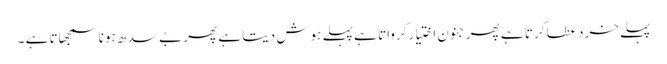
پہلے خرد عطا کرتا ہے پھر جنون اختیار کرواتا ہے پہلے ہوش دیتا ہے پھر بے سد ھ ہونا سمجھاتا ہے ۔